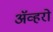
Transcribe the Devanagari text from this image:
ॲव्हरो